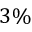
3 \%